Indian journal of veterinary science and animal husbandry - Volumes 18-21, 1948-1951
Year: 1948
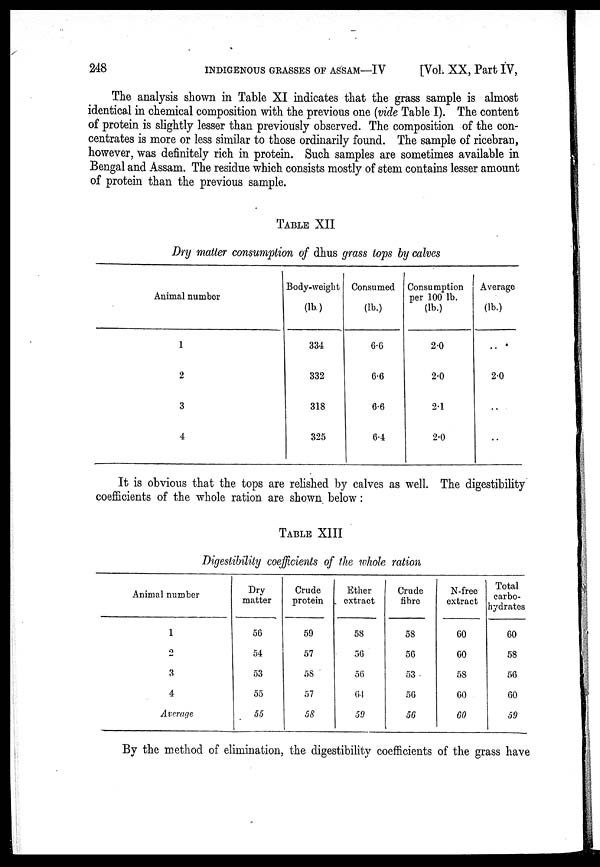
248 INDIGENOUS GRASSES OF ASSAM—IV [Vol. XX, Part IV,
The analysis shown in Table XI indicates that the grass sample is almost
identical in chemical composition with the previous one (vide Table I). The content
of protein is slightly lesser than previously observed. The composition of the con-
centrates is more or less similar to those ordinarily found. The sample of ricebran,
however, was definitely rich in protein. Such samples are sometimes available in
Bengal and Assam. The residue which consists mostly of stem contains lesser amount
of protein than the previous sample.
TABLE XII
Dry matter consumption of dhus grass tops by calves
Animal number
1
2
3
4
Body-weight
(lb)
334
332
318
325
Consumed
(lb.)
6.6
6.6
6.6
6.4
Consumption
per 100 lb.
(lb.)
2.0
2.0
2.1
2.0
Average
(lb.)
..
2.0
..
..
It is obvious that the tops are relished by calves as well. The digestibility
coefficients of the whole ration are shown below :
TABLE XIII
Digestibility coefficients of the whole ration
Animal number
1
2
3
4
Average
Dry
matter
56
54
53
55
55
Crude
protein
59
57
58
57
58
Ether
extract
58
56
56
64
59
Crude
fibre
58
56
53
56
56
N-free
extract
60
60
58
60
60
Total
carbo-
hydrates
60
58
56
60
59
By the method of elimination, the digestibility coefficients of the grass have